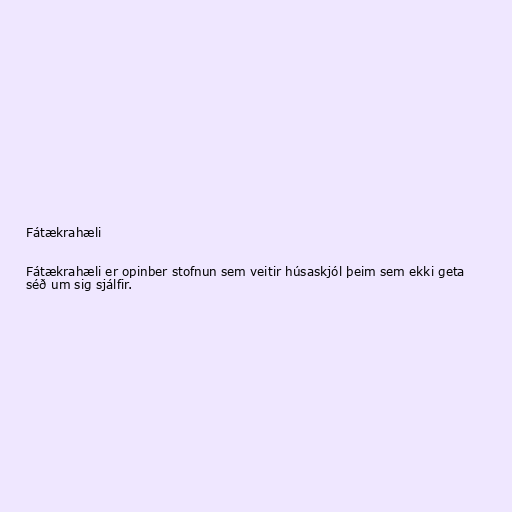
Fátækrahæli

Fátækrahæli er opinber stofnun sem veitir húsaskjól þeim sem ekki geta
séð um sig sjálfir.